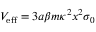
V _ { \mathrm { e f f } } = 3 a \beta m \kappa ^ { 2 } x ^ { 2 } \sigma _ { 0 }